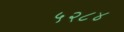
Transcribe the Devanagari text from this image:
५२८४